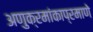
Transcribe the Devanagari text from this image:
अणुक्रमांकाप्रमाणे